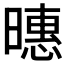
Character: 𪱇